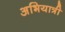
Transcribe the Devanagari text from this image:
अभियात्री